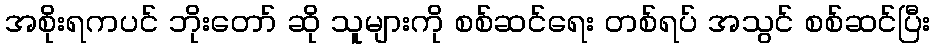
အစိုးရကပင် ဘိုးတော် ဆို သူများကို စစ်ဆင်ရေး တစ်ရပ် အသွင် စစ်ဆင်ပြီး